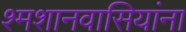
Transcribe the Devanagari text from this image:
श्मशानवासियांना